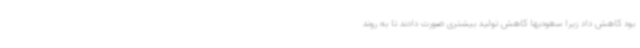
بود کاهش داد زیرا سعودیها کاهش تولید بیشتری صورت دادند تا به روند